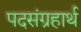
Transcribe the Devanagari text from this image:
पदसंग्रहार्थ